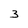
Character: 3